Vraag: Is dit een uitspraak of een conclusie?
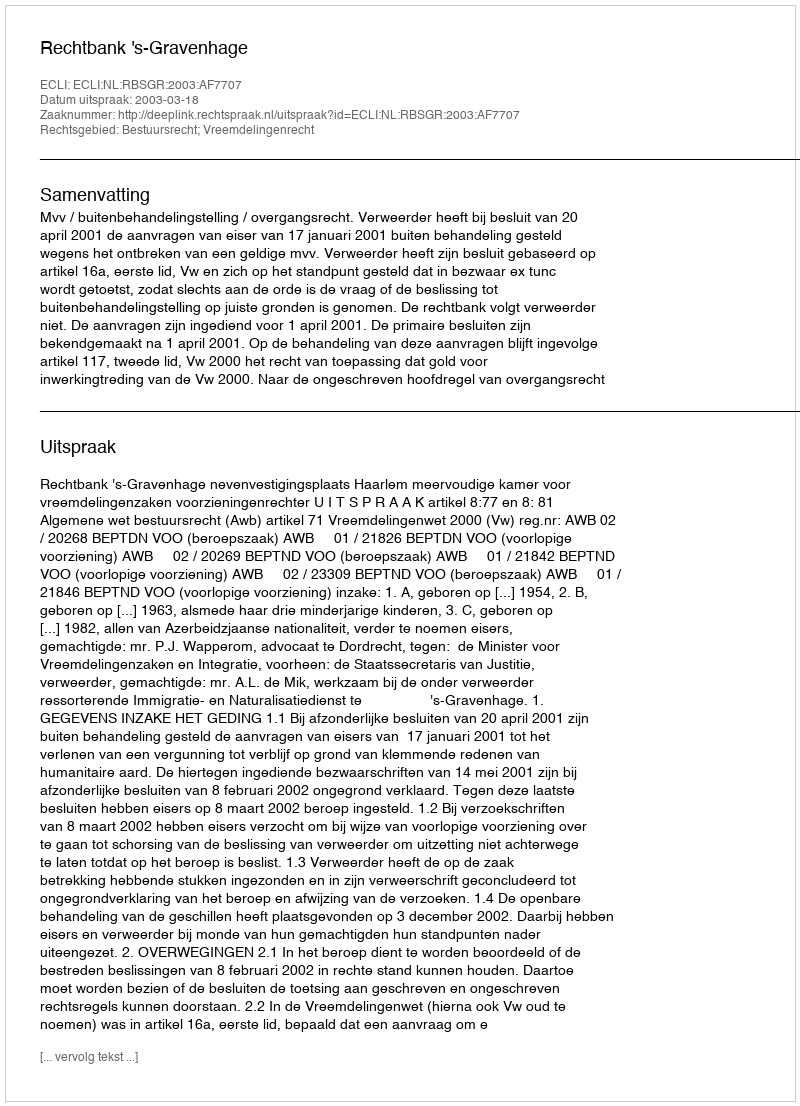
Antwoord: Uitspraak